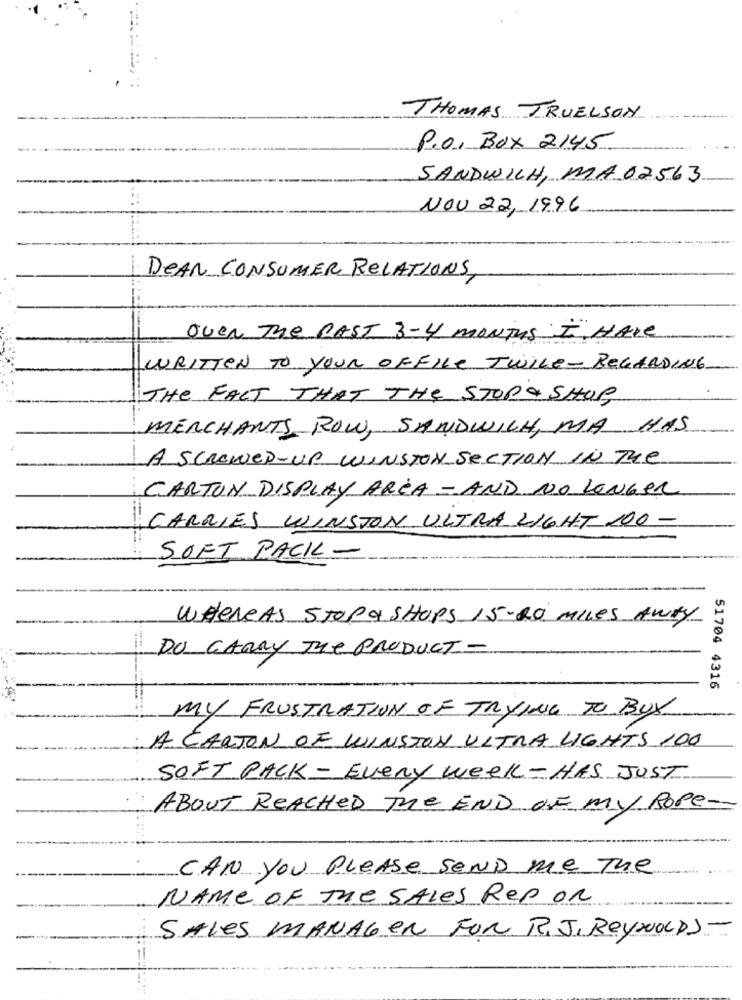
THOMAS TRUELSON
P.o. BOX 2145
SANDWICH, MA 02563
::
NOV 22, 1996
DEAR CONSUMER RELATIONS,
Over The PAST 3-4 MONTHS I HAVE
WRITTEN TO YOUR OFFICE TWILE- REGARDING
THE FACT THAT THE STOP& SHOP
MERCHANTS ROW, SANDWICH, MA HAS
A SCREWED-UP WINSTON SECTION IN The
CARTON DISPLAY AREA - AND NO LENGER
CARRIES WINSTON ULTRA LIGHT 100 -
SOFT PACK-
WHENeAS STOPA SHOPS 15-20 MILES AWAY
DU CARRY The PRODUCT -
51704 4316
MY FRUSTRATION OF TRYING TO BUY
A CARTON OF WINSTON ULTRA LIGHTS 100
SOFT PACK- Every week-HAS JUST
ABOUT REACHED The END OF My ROPe-
--
CAN You PLEASE SEND me The
NAME OF THE SALES Rep OR
SALES MANAGER FOR R.J. REYNOLDS